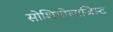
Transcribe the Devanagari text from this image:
सोशियोलाजिस्ट